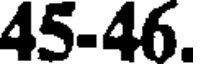
45-46.